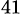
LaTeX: ^{41}